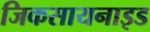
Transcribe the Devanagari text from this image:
जिकसायनाइड